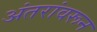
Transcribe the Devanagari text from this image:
अंतरांवरून